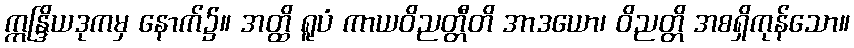
ဣန္ဒြိယဒုကမှ နောက်၌။ အတ္ထိ ရူပံ ကာယဝိညတ္တီတိ အာဒယော၊ ဝိညတ္တိ အစရှိကုန်သော။